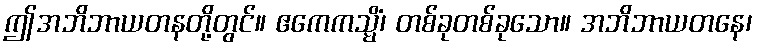
ဤအဘိဘာယတနတို့တွင်။ ဧကေကသ္မိံ၊ တစ်ခုတစ်ခုသော။ အဘိဘာယတနေ၊